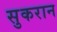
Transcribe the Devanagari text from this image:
सुकरान